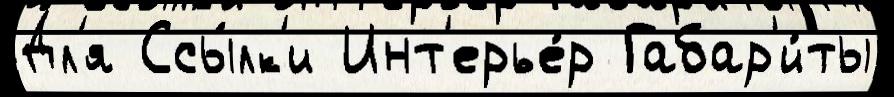
Дл'я Ссы́лк'и Инт'ерье́р Габар'и́ты